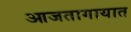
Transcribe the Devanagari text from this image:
आजतागायात